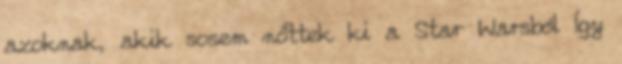
azoknak, akik sosem nőttek ki a Star Warsból Így